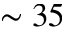
\sim 3 5